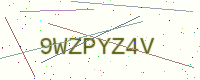
Text: 9WZPYZ4V